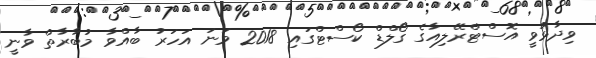
ވިދާޅުވީ އޮސްޓްރޭލިއާގެ ގޯލްޑް ކޯސްޓްގައި 2018 ވަނަ އަހަރު ބާއްވާ މުބާރާތް ވާނީ